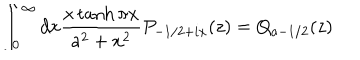
\int _ { 0 } ^ { \infty } d x \frac { x \tanh \pi x } { a ^ { 2 } + x ^ { 2 } } P _ { - 1 / 2 + i x } ( z ) = Q _ { a - 1 / 2 } ( z )